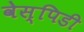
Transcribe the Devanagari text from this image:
वेस्पिडी